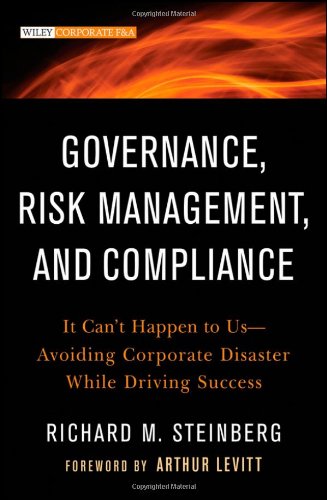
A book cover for Governance, Risk Management, and Compliance: It Can't Happen to Us--Avoiding Corporate Disaster While Driving Success; Richard M. Steinberg; Business & Money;